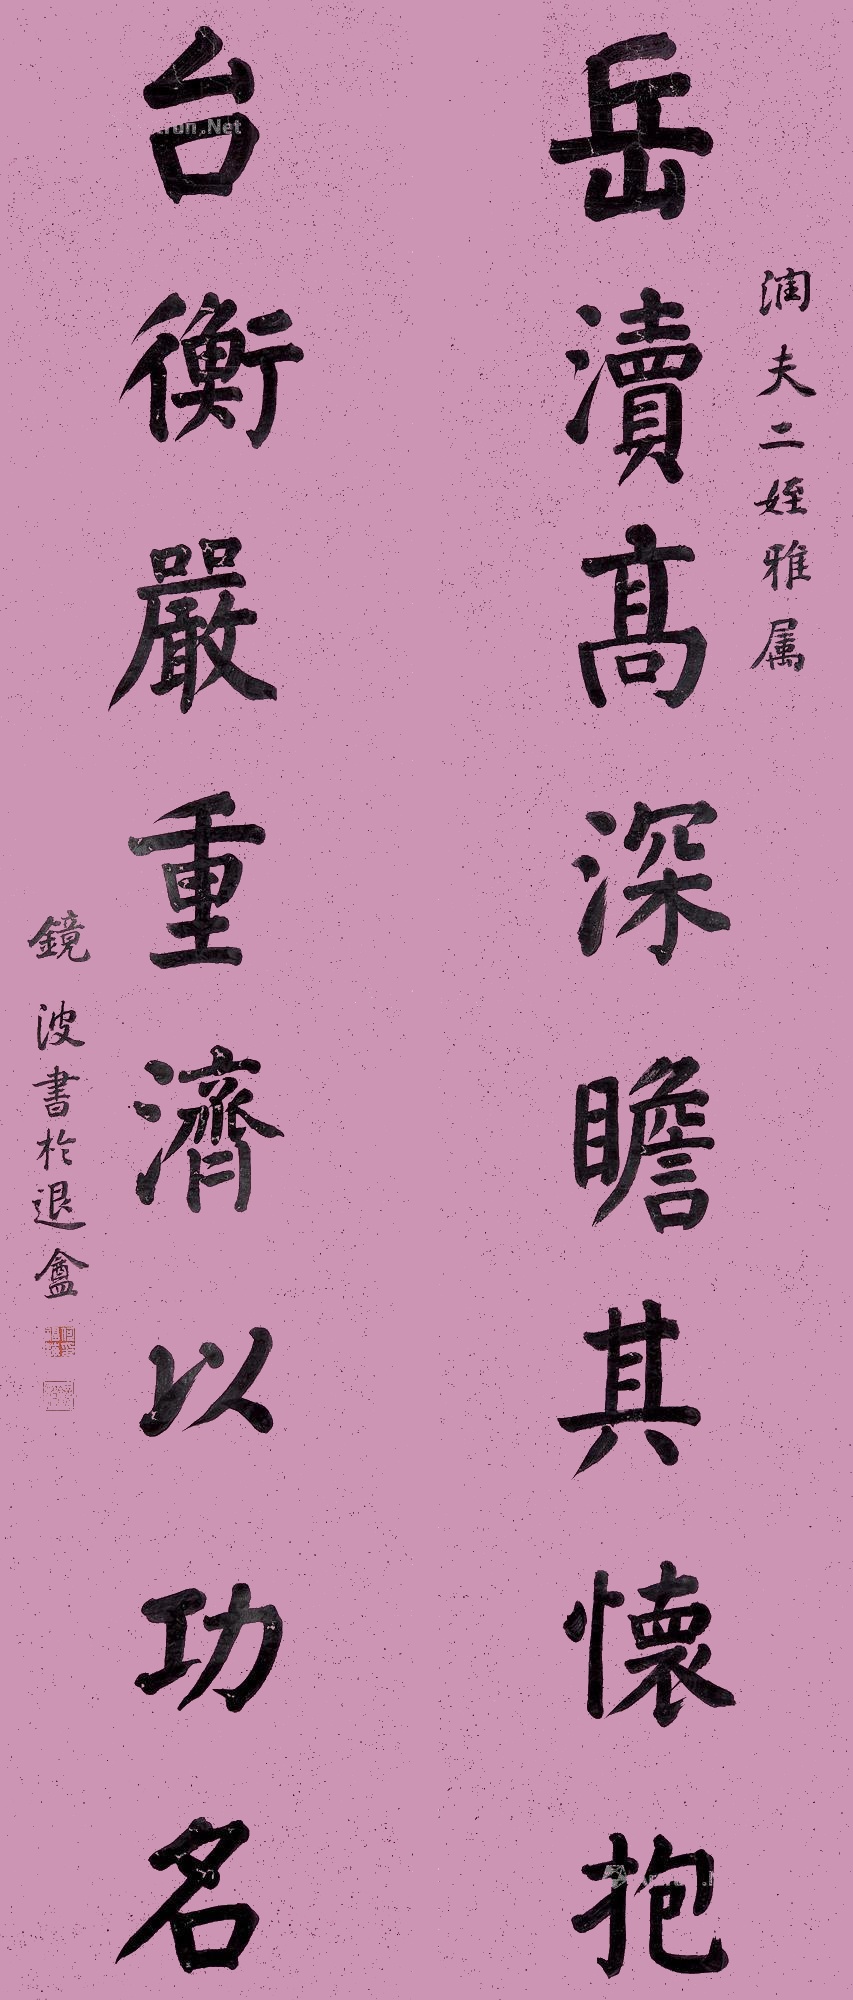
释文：岳读高深瞻其怀抱，台衡岩重济以功名。润夫二侄雅属。镜波书于退庵。